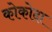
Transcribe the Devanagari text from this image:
कोकोदा